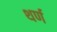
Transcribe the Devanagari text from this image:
थर्ण